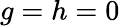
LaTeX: g=h=0